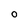
Character: O